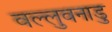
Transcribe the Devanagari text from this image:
वल्लुवनाडु